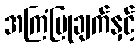
အကြံပြုချက်နှင့်